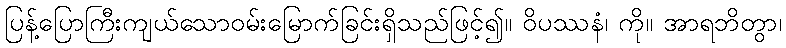
ပြန့်ပြောကြီးကျယ်သောဝမ်းမြောက်ခြင်းရှိသည်ဖြင့်၍။ ဝိပဿနံ၊ ကို။ အာရဘိတွာ၊